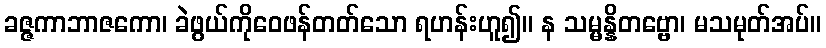
ခဇ္ဇကာဘာဇကော၊ ခဲဖွယ်ကိုဝေဖန်တတ်သော ရဟန်းဟူ၍။ န သမ္မန္နိတဗ္ဗော၊ မသမုတ်အပ်။